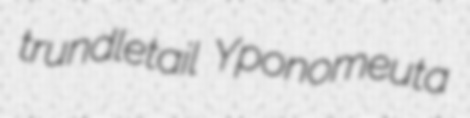
trundletail Yponomeuta